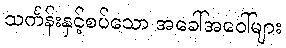
သင်္ကန်းနှင့်စပ်သော အခေါ်အဝေါ်များ